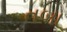
તબા